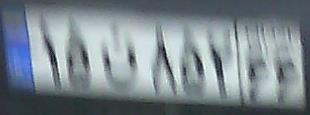
۱۵ن۸۵۷۶۶